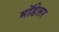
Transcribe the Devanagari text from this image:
मॉडेलर